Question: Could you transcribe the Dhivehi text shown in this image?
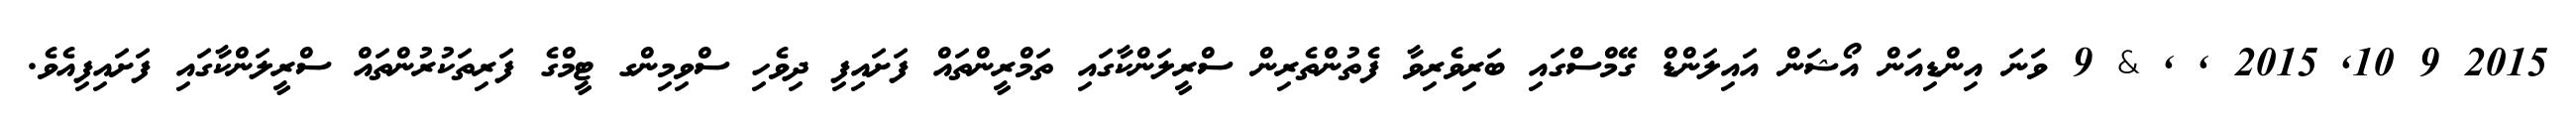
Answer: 2015 9 10, 2015 , , & 9 ވަނަ އިންޑިއަން އޯޝަން އައިލަންޑް ގޭމްސްގައި ބަރިވެރިވާ ފެތުންތެރިން ސްރީލަންކާގައި ތަމްރީންތައް ފަށައިފި ދިވެހި ސްވިމިންގ ޓީމްގެ ފަރިތަކުރުންތައް ސްރީލަންކާގައި ފަށައިފިއެވެ.